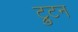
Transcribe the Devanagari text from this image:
ट्रुटन